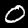
Digit: 0